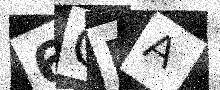
Text: 6QRA